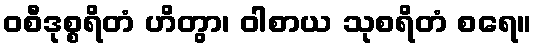
ဝစီဒုစ္စရိတံ ဟိတွာ၊ ဝါစာယ သုစရိတံ စရေ။